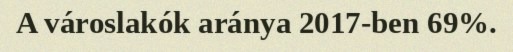
A városlakók aránya 2017-ben 69%.